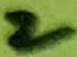
Text: 2